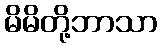
မိမိတို့ဘာသာ